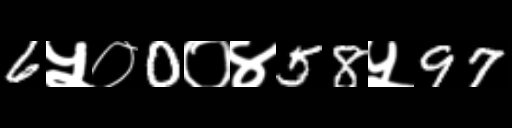
Text: 6५०0०४58५97